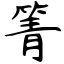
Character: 箐